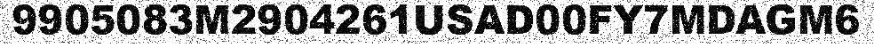
9905083M2904261USAD00FY7MDAGM6